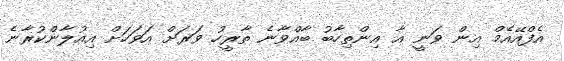
އެފްއޭއެމް އިން ވަނީ އާ އިންތިހާބު ބާއްވާނެ ތާރީހު ވަރަށް އަވަހަށް އިއުލާންކުރާނެ